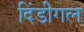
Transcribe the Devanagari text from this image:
दिंडीगल